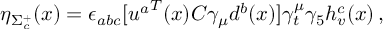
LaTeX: \eta _ { \Sigma _ { c } ^ { + } } ( x ) = \epsilon _ { a b c } [ { u ^ { a } } ^ { T } ( x ) C \gamma _ { \mu } d ^ { b } ( x ) ] \gamma _ { t } ^ { \mu } \gamma _ { 5 } h _ { v } ^ { c } ( x ) \, ,